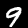
Label: 9